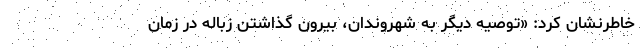
خاطرنشان کرد: «توصیه دیگر به شهروندان، بیرون گذاشتن زباله در زمان